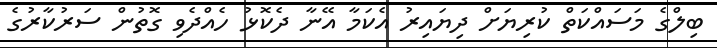
ބިލްގެ މަސައްކަތް ކުރިޔަށް ދިޔައިރު އެކަމާ އޭނާ ދެކޮޅު ހެއްދެވި ގޮތުން ސަރުކާރުގެ